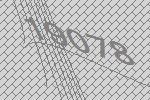
19078